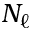
N _ { \ell }